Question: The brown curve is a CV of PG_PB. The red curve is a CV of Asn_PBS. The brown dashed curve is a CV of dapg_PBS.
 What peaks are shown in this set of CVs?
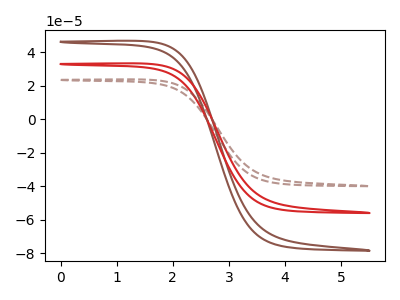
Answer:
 <answer>The brown curve "PG_PB" has no peaks. The red curve "Asn_PBS" has no peaks. The brown dashed curve "dapg_PBS" has no peaks.</answer>
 <eval></eval>